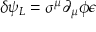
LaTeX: \delta \psi _ { L } = \sigma ^ { \mu } \partial _ { \mu } \phi \epsilon